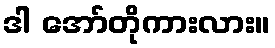
ဒါ အော်တိုကားလား။